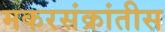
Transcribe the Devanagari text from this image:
मकरसंक्रांतीस